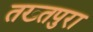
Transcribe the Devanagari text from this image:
तख्तपुरा